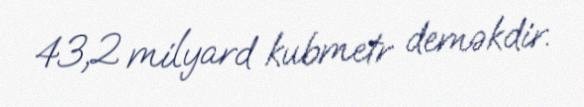
43,2 milyard kubmetr deməkdir.